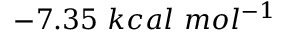
- 7 . 3 5 \ k c a l \ m o l ^ { - 1 }